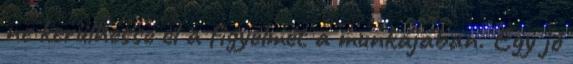
ne kerülhesse el a figyelmét a munkájában. Egy jó